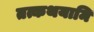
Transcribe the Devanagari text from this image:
तत्कथयामि